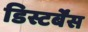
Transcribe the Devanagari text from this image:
डिस्टर्बेंस